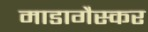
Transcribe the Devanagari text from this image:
माडागैस्कर